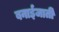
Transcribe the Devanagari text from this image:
बनाईजाती